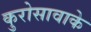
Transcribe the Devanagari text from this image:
कुरोसावाके